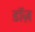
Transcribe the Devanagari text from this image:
डॉज़